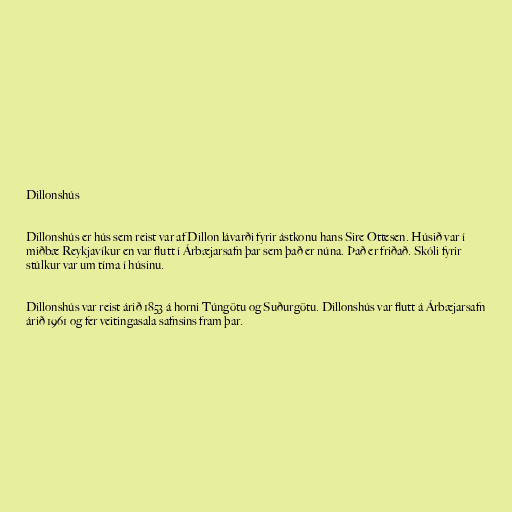
Dillonshús

Dillonshús er hús sem reist var af Dillon lávarði fyrir ástkonu hans Sire Ottesen. Húsið var í
miðbæ Reykjavíkur en var flutt í Árbæjarsafn þar sem það er núna. Það er friðað. Skóli fyrir
stúlkur var um tíma í húsinu.

Dillonshús var reist árið 1853 á horni Túngötu og Suðurgötu. Dillonshús var flutt á Árbæjarsafn
árið 1961 og fer veitingasala safnsins fram þar.